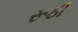
રૂઠી